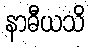
နာဓီယသိ